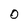
Character: 0